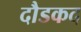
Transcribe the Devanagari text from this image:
दौडकद